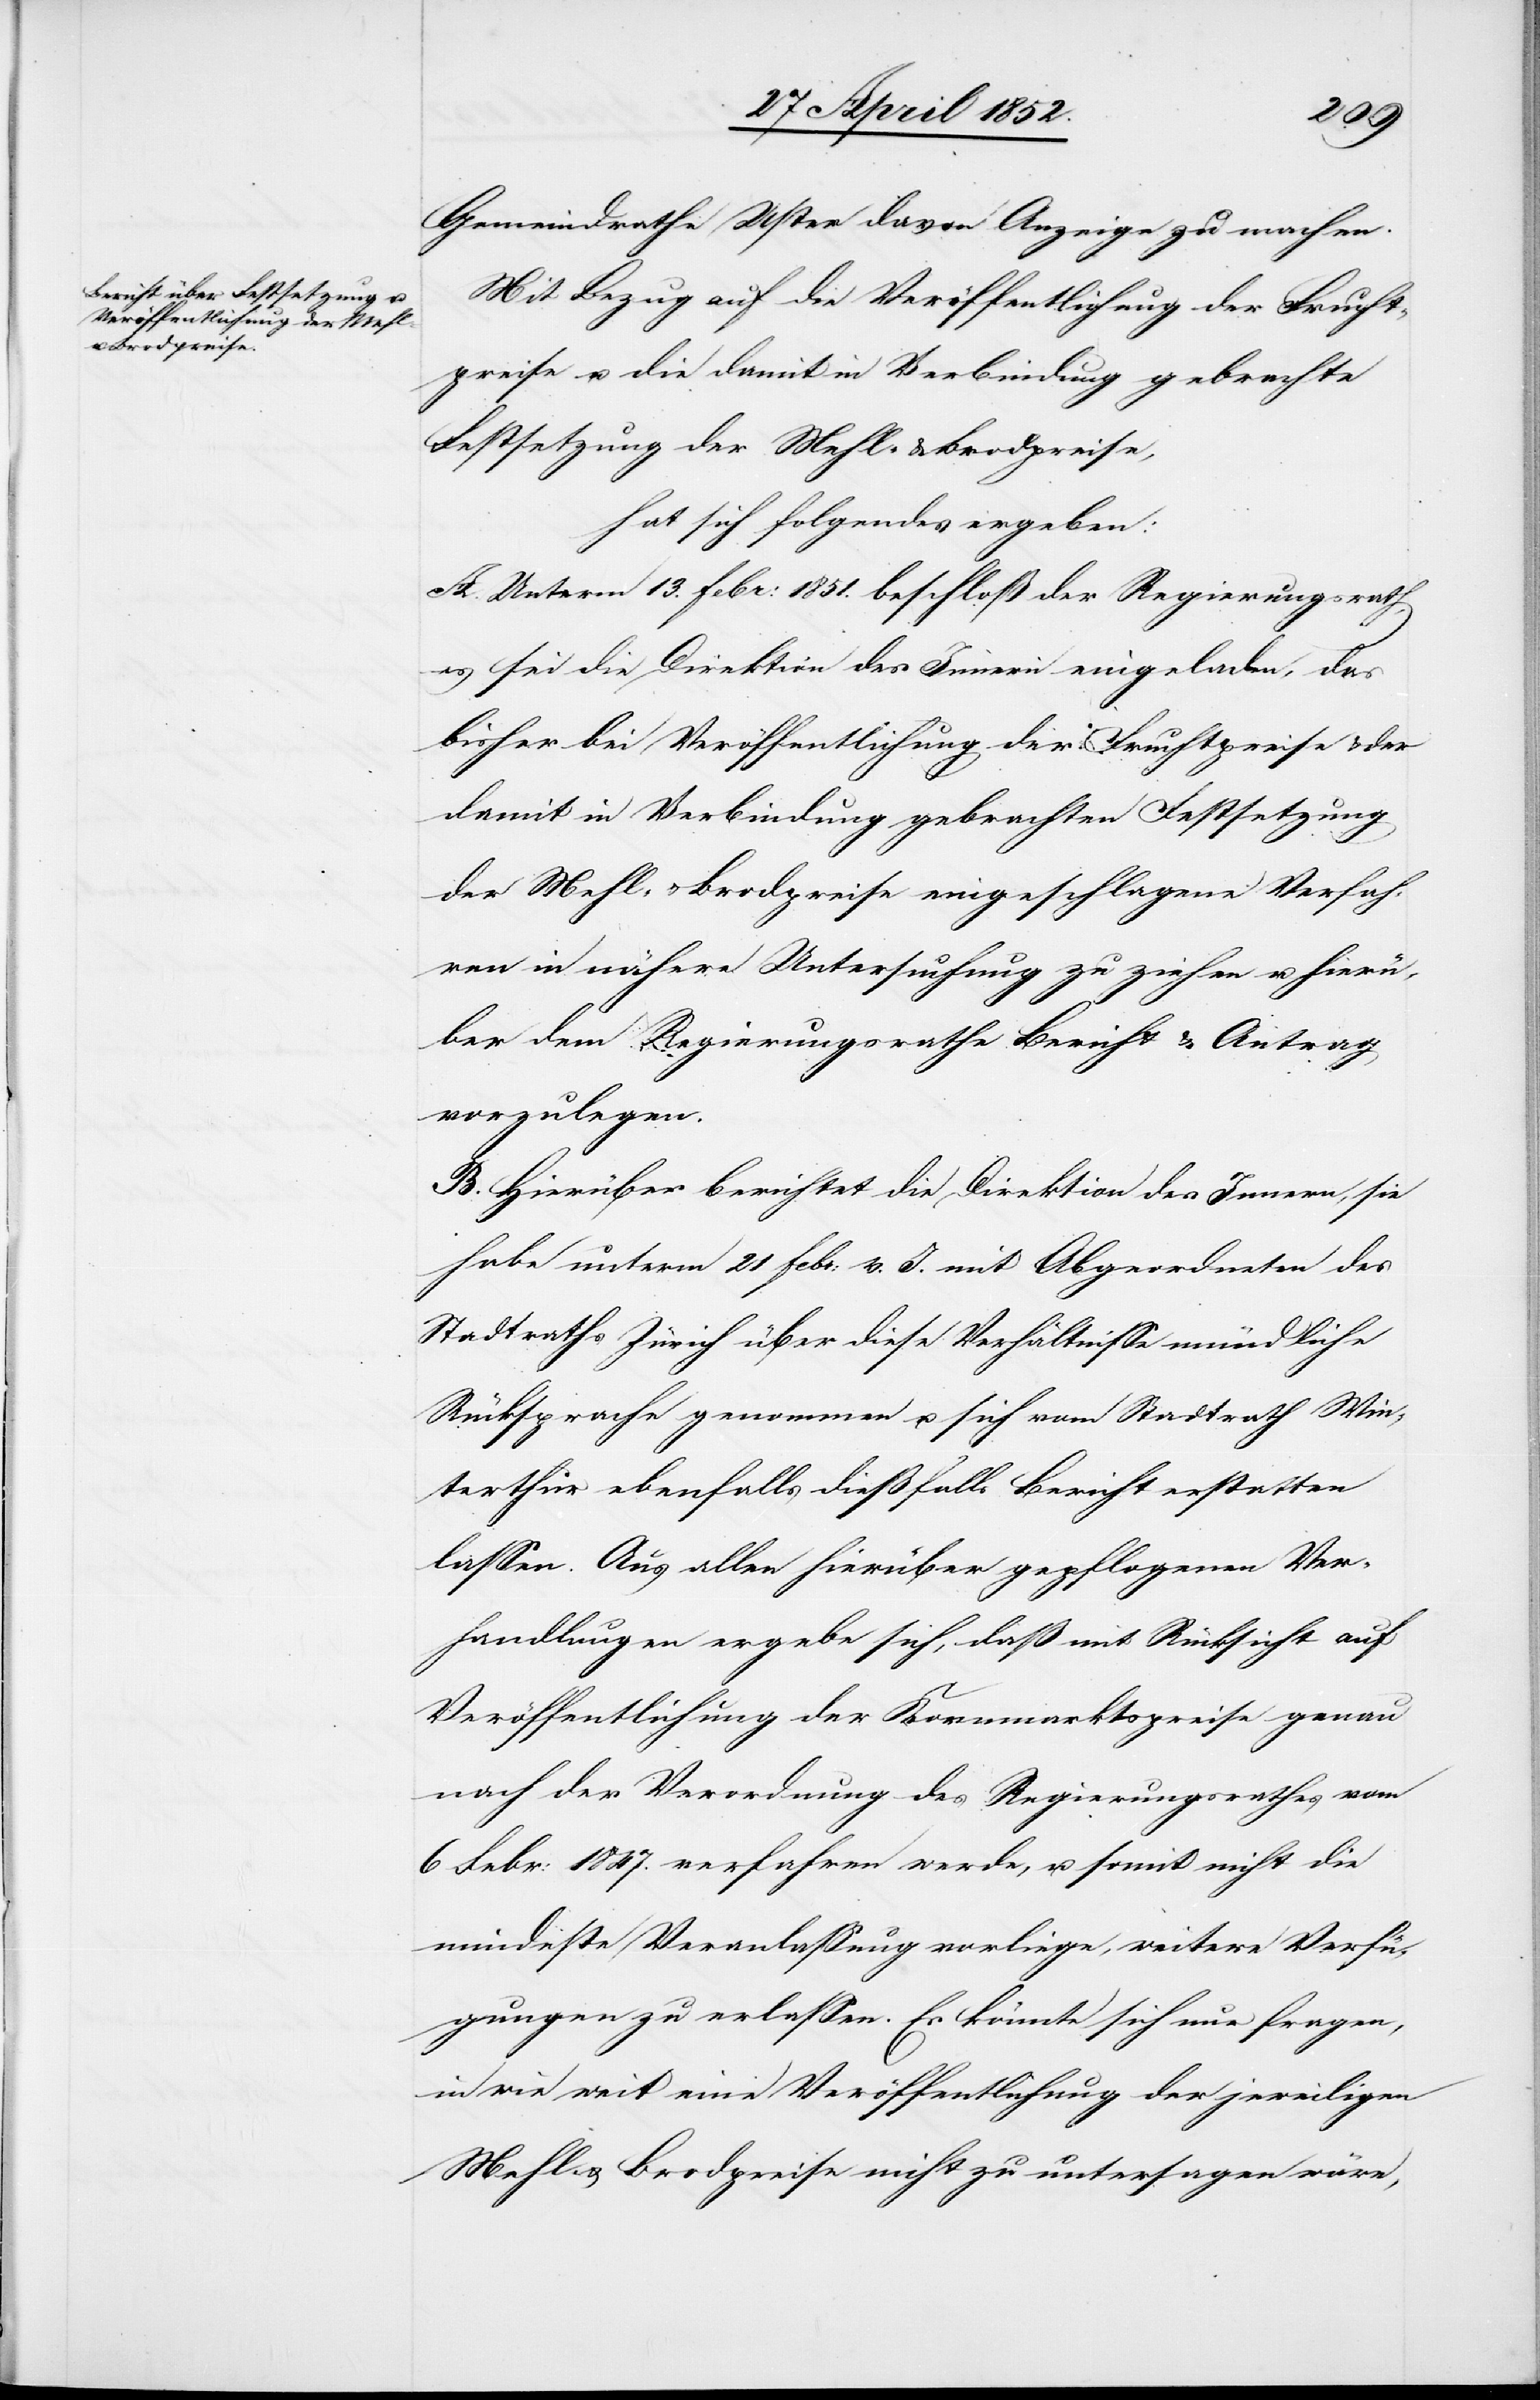
Gemeindrathe Uster davon Anzeige zu machen.
Mit Bezug auf die Veröffentlichung der Frucht¬
preise u. die damit in Verbindung gebrachte
Festsetzung der Mehl- & Brodpreise,
hat sich folgendes ergeben:
A. Unterm 13. Febr: 1851. beschloß der Regierungsrath,
es sei die Direktion des Innern eingeladen, das
bisher bei Veröffentlichung der Fruchtpreise & der
damit in Verbindung gebrachten Festsetzung
der Mehl- & Brodpreise eingeschlagene Verfah¬
ren in nähere Untersuchung zu ziehen u. hierü¬
ber dem Regierungsrathe Bericht & Antrag
vorzulegen.
B. Hierüber berichtet die Direktion des Innern, sie
habe unterm 21 Febr: v. J. mit Abgeordneten des
Stadtraths Zürich über diese Verhältnisse mündliche
Rücksprache genommen u. sich vom Stadtrath Win¬
terthur ebenfalls dießfalls Bericht erstatten
lassen. Aus allen hierüber gepflogenen Ver¬
handlungen ergebe sich, daß mit Rücksicht auf
Veröffentlichung der Kornmarktspreise genau
nach der Verordnung des Regierungsrathes vom
6 Febr: 1847. verfahren werde, u. somit nicht die
mindeste Veranlassung vorliege, weitere Verfü¬
gungen zu erlassen. Es könnte sich nur fragen,
in wie weit eine Veröffentlichung der jeweiligen
Mehl- & Brodpreise nicht zu untersagen wäre,